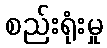
စည်းရုံးမှု